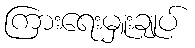
ကြားရေးမှူးချုပ်